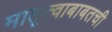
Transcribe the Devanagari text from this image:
मातृत्वाबाबतची